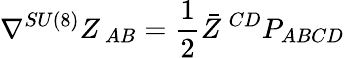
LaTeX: \nabla^{SU(8)}Z_{\ AB}={\frac{1}{2}}\bar{Z}^{\ CD}P_{ABCD}